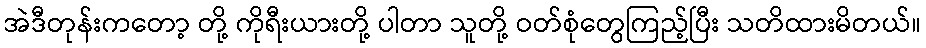
အဲဒီတုန်းကတော့ တို့ ကိုရီးယားတို့ ပါတာ သူတို့ ဝတ်စုံတွေကြည့်ပြီး သတိထားမိတယ်။